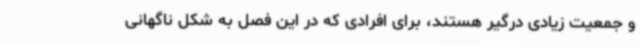
و جمعیت زیادی درگیر هستند، برای افرادی که در این فصل به شکل ناگهانی